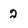
Character: 2